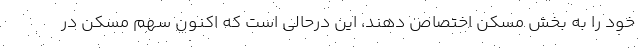
خود را به بخش مسکن اختصاص دهند، این درحالی است که اکنون سهم مسکن در